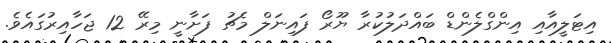
އިޓަލީއާއި އިންގްލެންޑް ބައްދަލުކުރާ ޔޫރޯ ފައިނަލް މެޗު ފަށާނީ މިރޭ 12 ޖަހާއިރުގައެވެ.